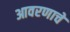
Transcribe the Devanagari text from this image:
आवरणाचे